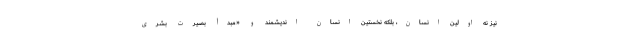
نیز نه اولین انسان، بلکه نخستین انسان اندیشمند و «مبدأ بصیرت بشری